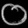
Digit: ၀